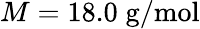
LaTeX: M=18.0\; \mathrm{g/mol}